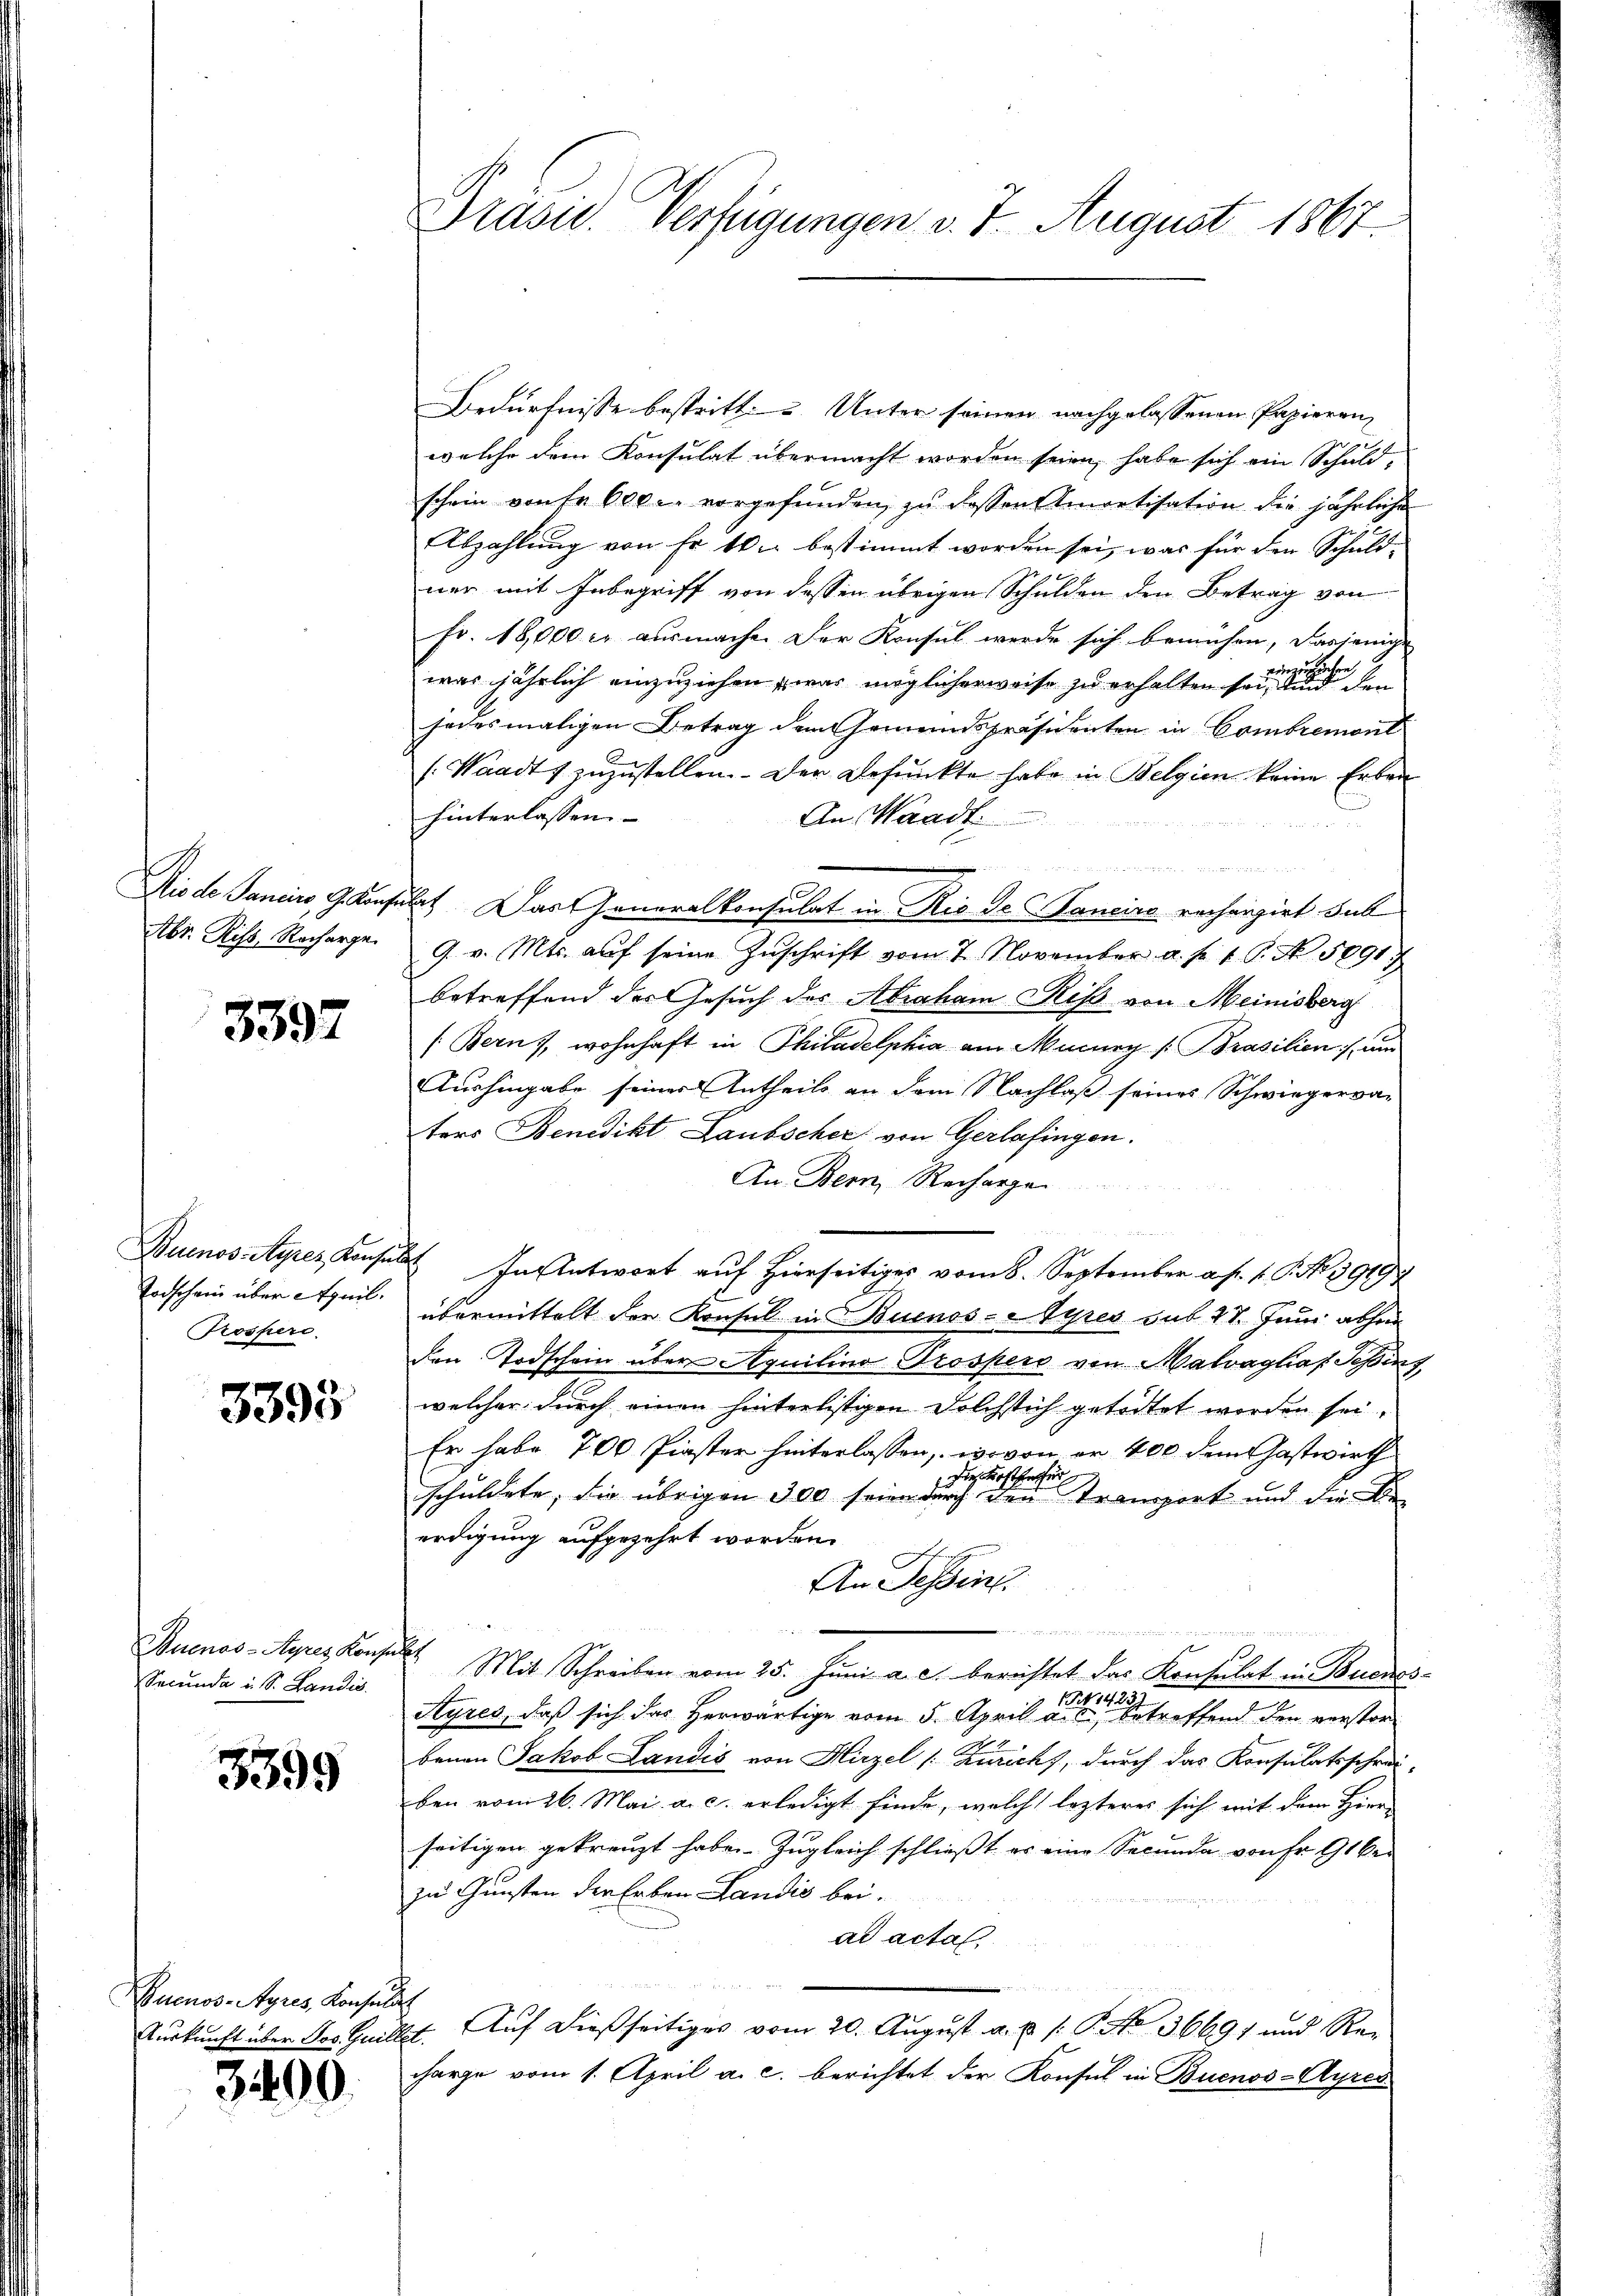
3397

Prospero

5395

Buenos-Ayres Konz
Secunda u. S. Landis

3399

Buenos-Ayres Konsulat
Auskunft über Jos. Guillet.

3400.

Präsid. Verfügungen v. 7. August 1867.

Bedürfnisse bestritt u. Unter seinen nachgelassenen Papieren,
welche dem Konsulat übermacht worden seien, habe sich ein Schuldschein von fr. 600 c. vorgefunden, zu dessen Amortisation die jährliche
Abzahlung von Fr. 10. bestimmt worden sei, was für den Schuld-
ner mit Inbegriff von dessen übrigen Schulden den Betrag von
Fr. 18,000 l. ausmache. Der Konsul werde sich bemühen, dasjenige
2
degesehe
was jährlich einzuziehen, was möglicherweise zu erhalten sei, und den
jedesmaligen Betrag dem Gemeindspräsidenten in Combremont
(Waadt zŭzŭstellen. Der Befunkte habe in Belgien keine Erben
hinterlassen.
An Waadt.
n
Niede Janein, Gesuchet. Das Generalkonsulat in Rio de Janeiro rechnigirt bet
Abr. Riss Recharge. 9. v. Mts. aŭf seine Zŭschrift vom 7. November a. f. 1 S. N. 5891/
betreffend des Gesuch des Abraham Riß von Meinisberg
(Bern), wohnhaft in Philadelphia am Mucury [Brasilien um
Aushingabe seiner Antheils an dem Nachlaß seines Schwiegerva-
ters Benedikt Laubscher von Gerlafingen.
An Bern, Rechargen
Buenos-Ayres Konsuls antwort aŭf hierseitiges vom 6. September a. f. 1. P. No. 3919
Todschein über April übermittelt der Konsul in Buenos-Ayres sub 27. Juni abhin
den Todschein über Aquilino Prospers von Malvaghias Schint
welcher durch einen hinterlistigen Dolchstich getödtet worden sei,
Er habe 700 Piaster hinterlassen, wovon er 400 dem Gastwirth
die Kosterfer
schuldete, die übrigen 300 seien durch den Transport und die Be-
erdigung aufgezehrt worden.
An Tessin.
  et es demandann im Brennen momen
2t. Mit Schreiben vom 25. Juni a. c. berechtet das Konsulat in Buenos-
No 1423
Ayres, daß sich das Herwärtige vom 5. April a. s betreffend den verstorbenen Jakob Landis von Hirzel (Zürich, durch das Konsulatsschrei-
ben vom 26. Mai a. c. erledigt finde, welche lezteres sich mit dem Herr
seitigen gekreuzt habe. Zugleich schließt er eine Secunda von Fr. 91 ber
zu Gunsten der Erben Landis bei.
ad actal
 Bad m
Auf dießseitiges vom 20. August a. p. /: P. No 36691 und Re-
charge vom 1. April a. c. berichtet der Konsul in Buenos-Ayres